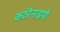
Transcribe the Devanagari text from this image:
कठीनाइयों